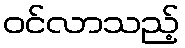
ဝင်လာသည့်